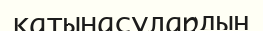
қатынасулардың